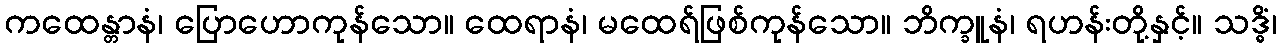
ကထေန္တာနံ၊ ပြောဟောကုန်သော။ ထေရာနံ၊ မထေရ်ဖြစ်ကုန်သော။ ဘိက္ခူနံ၊ ရဟန်းတို့နှင့်။ သဒ္ဓိံ၊